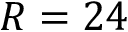
R = 2 4